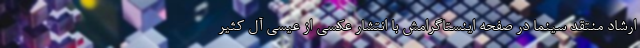
ارشاد منتقد سینما در صفحه اینستاگرامش با انتشار عکسی از عیسی آل کثیر